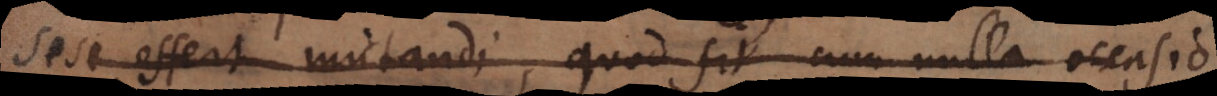
sese offert mutandi, quod fit cum nulla occasio